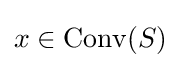
x\in \mathrm {Conv} (S)